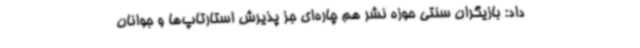
داد: بازیگران سنتی حوزه نشر هم چاره‌ای جز پذیرش استارتاپ‌ها و جوانان